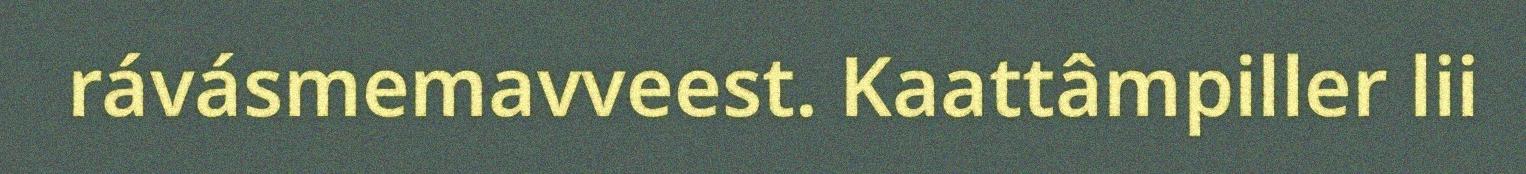
rávásmemavveest. Kaattâmpiller lii